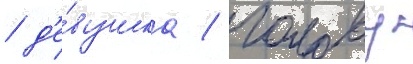
/ д'е́вушка / голову